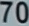
70